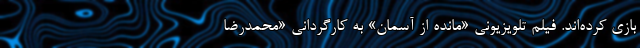
بازی کرده‌اند. فیلم تلویزیونی «مانده از آسمان» به کارگردانی «محمدرضا